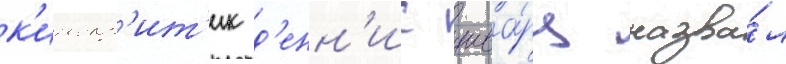
к'инокр'ит'ик д'енн'ис шва́рц назва́л